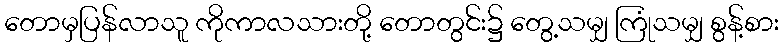
တောမှပြန်လာသူ ကိုကာလသားတို့ တောတွင်း၌ တွေ့သမျှ ကြုံသမျှ စွန့်စား